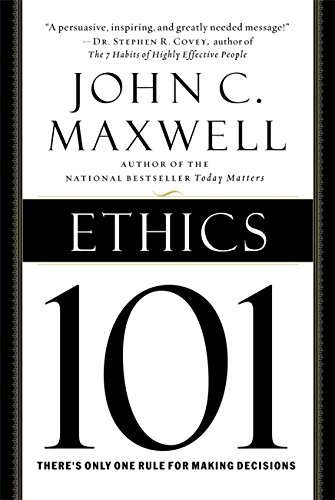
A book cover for Ethics 101: What Every Leader Needs To Know (101 Series); John C. Maxwell; Business & Money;